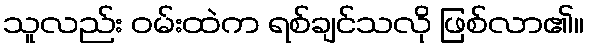
သူလည်း ဝမ်းထဲက ရစ်ချင်သလို ဖြစ်လာ၏။